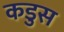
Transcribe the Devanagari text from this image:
कडुस